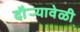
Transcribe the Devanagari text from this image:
दौर्‍यावेळी